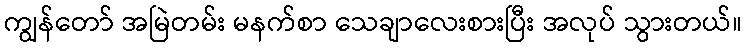
ကျွန်တော် အမြဲတမ်း မနက်စာ သေချာလေးစားပြီး အလုပ် သွားတယ်။